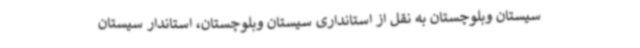
سیستان وبلوچستان به نقل از استانداری سیستان وبلوچستان، استاندار سیستان